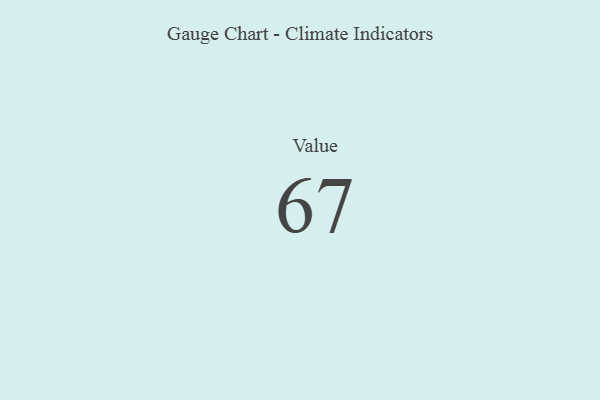
{"axis": {"x": "Metric", "y": "Value"}, "legend": [""], "data": [{"x": "Value", "y": 67, "type": ""}]}